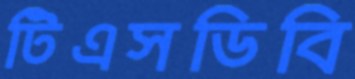
টিএসডিবি